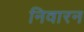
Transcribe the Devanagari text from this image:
निवारन